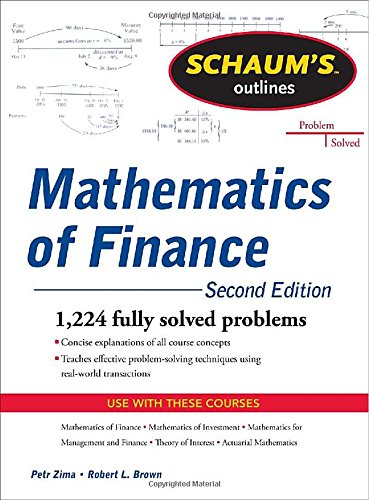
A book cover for Schaum's Outline of  Mathematics of Finance, Second Edition (Schaum's Outlines); Robert Brown; Business & Money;